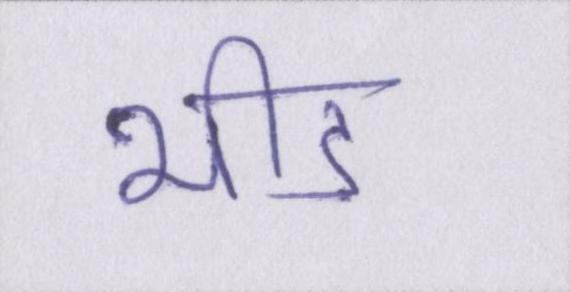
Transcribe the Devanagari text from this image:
भीड